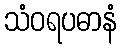
သံဝရပဓာနံ